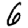
Digit: 6